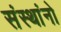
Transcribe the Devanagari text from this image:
संस्थांनो